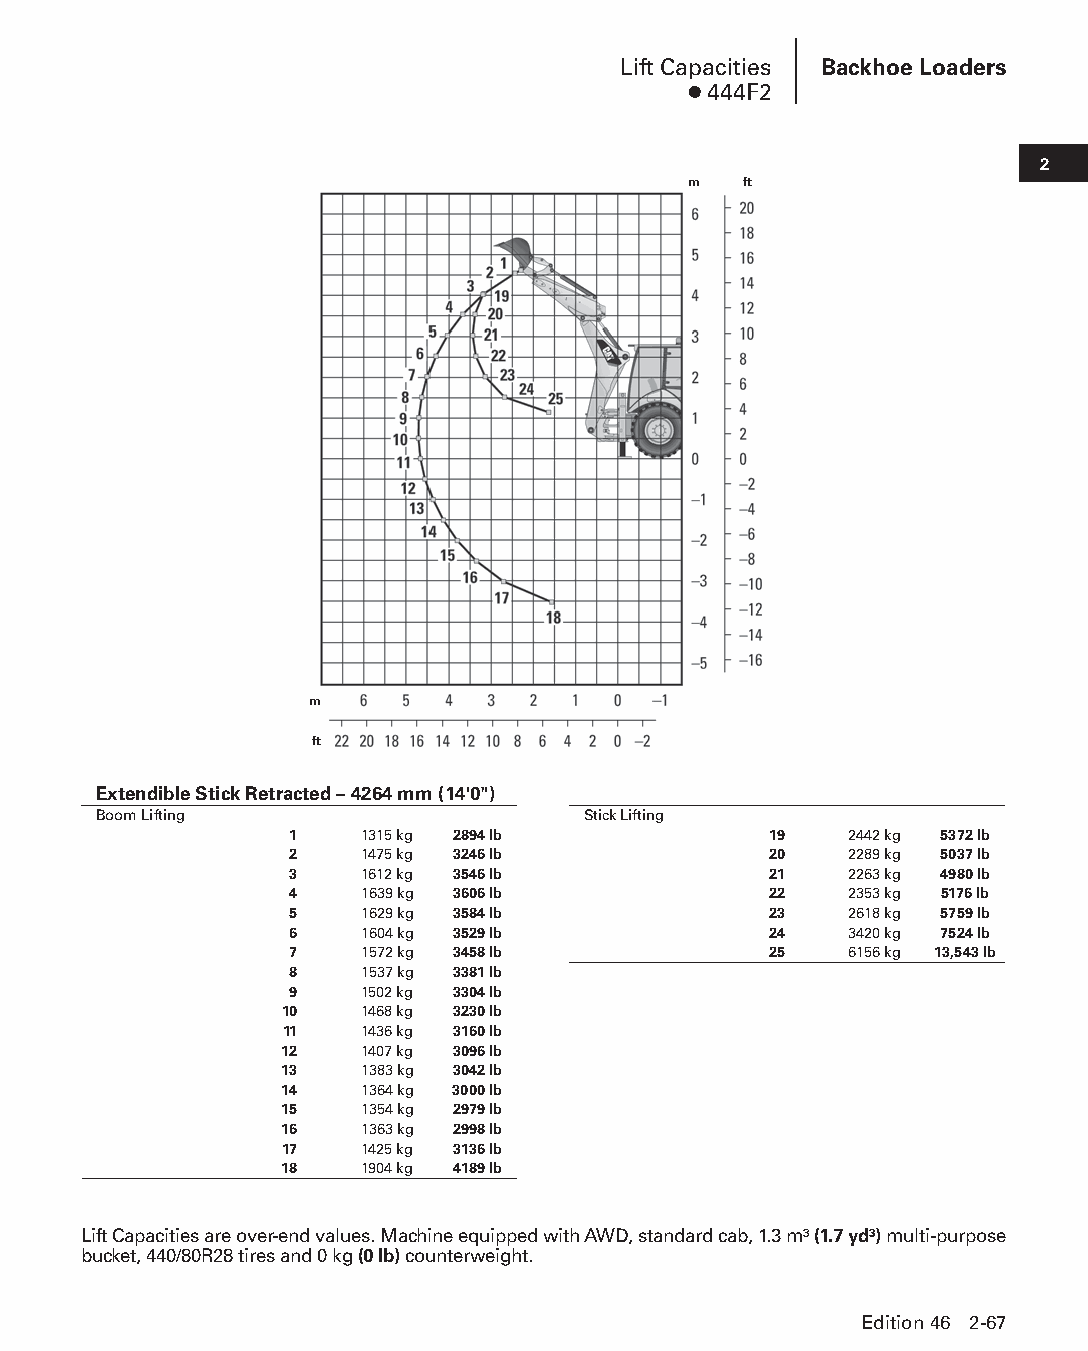
Lift Capacities Backhoe Loaders
 ● 444F2
 2
 m   ft
 m
 ft
 Extendible Stick Retracted – 4264 mm (14'0")
 Boom Lifting                    Stick Lifting
 1   1315 kg 2894 lb            19    2442 kg 5372 lb
 2   1475 kg 3246 lb            20    2289 kg 5037 lb
 3   1612 kg 3546 lb            21    2263 kg 4980 lb
 4   1639 kg 3606 lb            22    2353 kg 5176 lb
 5   1629 kg 3584 lb            23    2618 kg 5759 lb
 6   1604 kg 3529 lb            24    3420 kg 7524 lb
 7   1572 kg 3458 lb            25    6156 kg 13,543 lb
 8   1537 kg 3381 lb
 9   1502 kg 3304 lb
 10   1468 kg 3230 lb
 11   1436 kg 3160 lb
 12   1407 kg 3096 lb
 13   1383 kg 3042 lb
 14   1364 kg 3000 lb
 15   1354 kg 2979 lb
 16   1363 kg 2998 lb
 17   1425 kg 3136 lb
 18   1904 kg 4189 lb
 Lift Capacities are over-end values. Machine equipped with AWD, standard cab, 1.3 m3 (1.7 yd3) multi-purpose
 bucket, 440/80R28 tires and 0 kg (0 lb) counterweight.
 Edition 46 2-67
 PPHHBB--SSeecc0022--1166..iinndddd 6677                        1122//44//1155 1100::2266 AAMM